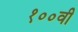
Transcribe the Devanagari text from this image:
१००वी